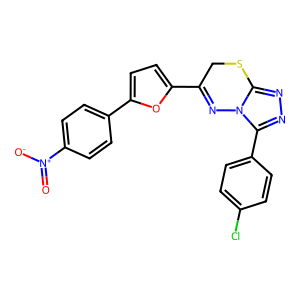
SMILES: O=[N+]([O-])c1ccc(-c2ccc(C3=Nn4c(nnc4-c4ccc(Cl)cc4)SC3)o2)cc1
Inhibits HIV replication: No